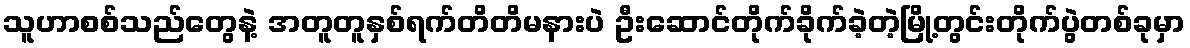
သူဟာစစ်သည်တွေနဲ့ အတူတူနှစ်ရက်တိတိမနားပဲ ဦးဆောင်တိုက်ခိုက်ခဲ့တဲ့မြို့တွင်းတိုက်ပွဲတစ်ခုမှာ